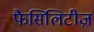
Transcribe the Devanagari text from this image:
फैसिलिटीज़